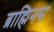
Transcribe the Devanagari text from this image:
ब्राह्मिनस